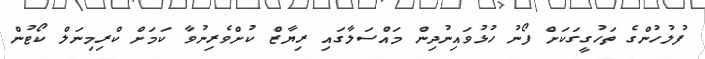
ފުލުހުންގެ ތަހުގީގަކަށް ފޯނު ހުޅުވައިނުދިން މައްސަލާގައި ރިޔާޒް ކުށްވެރިނުވާ ކަމަށް ކްރިމިނަލް ކޯޓުން